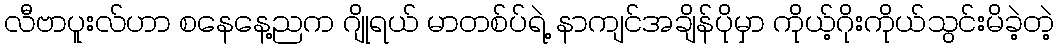
လီဗာပူးလ်ဟာ စနေနေ့ညက ဂျိုရယ် မာတစ်ပ်ရဲ့ နာကျင်အချိန်ပိုမှာ ကိုယ့်ဂိုးကိုယ်သွင်းမိခဲ့တဲ့